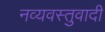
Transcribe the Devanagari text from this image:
नव्यवस्तुवादी